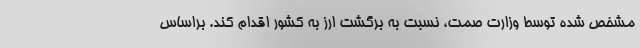
مشخص شده توسط وزارت صمت، نسبت به برگشت ارز به کشور اقدام کند. براساس